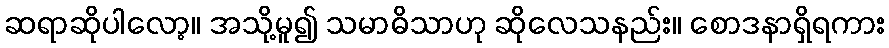
ဆရာဆိုပါလော့။ အသို့မူ၍ သမာဓိသာဟု ဆိုလေသနည်း။ စောဒနာရှိရကား